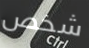
شخص